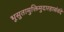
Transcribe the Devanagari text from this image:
भूसुतामुक्तिमुदारहासंवंदे